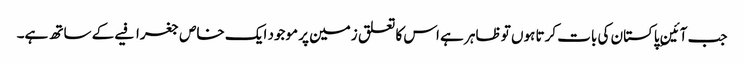
جب آئینِ پاکستان کی بات کرتا ہوں تو ظاہر ہے اس کا تعلق زمین پر موجود ایک خاص جغرافیے کے ساتھ ہے۔